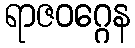
ရာဇဝဂ္ဂေန